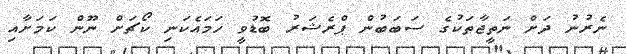
ނެރުނު ދަށް ނަތީޖާތަކުގެ ސަބަބުން ޕްރެޝަރު ބޮޑުވީ ހަމައެކަނި ކޯޗަށް ނޫން ކަމަށާއި